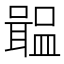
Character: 𡁢